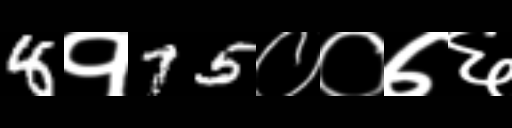
Text: 8१75००७६